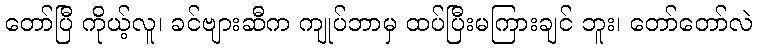
တော်ပြီ ကိုယ့်လူ၊ ခင်ဗျားဆီက ကျုပ်ဘာမှ ထပ်ပြီးမကြားချင် ဘူး၊ တော်တော်လဲ